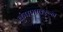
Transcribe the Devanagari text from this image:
कुंपणावरून